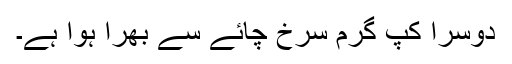
دوسرا کپ گرم سرخ چائے سے بھرا ہوا ہے۔